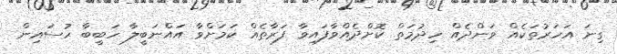
ގިނަ އަހަރުތަކެއް ވަންދެއް ހިދުމަތް ކޮށްދެއްވާފައިވާ ފަރާތެއް ކަމަށްވާ އައްނަބީލާ ހަބީބާ ހުސައިން